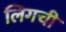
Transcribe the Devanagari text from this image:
लिगची